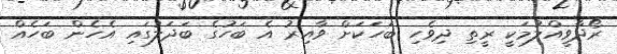
ރޯދާވީއްލުމަކީ ރީތި ދިވެހި ބަހަކަށް ވާއިރު އެ ބަހުގެ ބަދަލުގައި އެހެން ބަހެއް